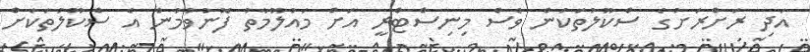
އަދި ރަށްރަށުގެ ސްކޫލުތަކުން ވެސް މިނިސްޓްރީ އަށް މައުލޫމާތު ފޮނުވުމުން އެ ސްކޫލުތަކަށް